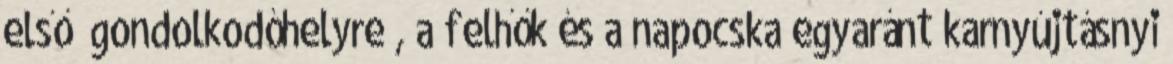
első „gondolkodóhelyre”, a felhők és a napocska egyaránt karnyújtásnyi